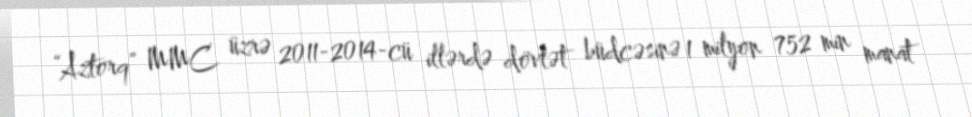
“Aztorq” MMC üzrə 2011-2014-cü illərdə dövlət büdcəsinə 1 milyon 752 min manat